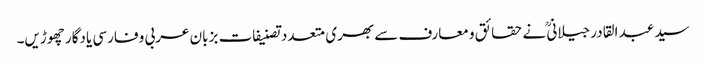
سید عبد القادر جیلانیؒ نے حقائق و معارف سے بھری متعدد تصنیفات بزبان عربی و فارسی یادگار چھوڑیں۔